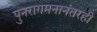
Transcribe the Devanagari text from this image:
पुनरागमनानंतरही